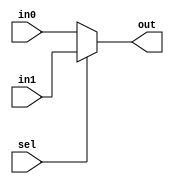
`timescale 1ns / 1ps
//////////////////////////////////////////////////////////////////////////////////
// Company: 
// Engineer: 
// 
// Design Name: 
// Module Name: mux1
// Project Name: 
// Target Devices: 
// Tool Versions: 
// Description: 
// 
// Dependencies: 
// 
// Revision:
// Revision 0.01 - File Created
// Additional Comments:
// 
//////////////////////////////////////////////////////////////////////////////////


module mux1(output [8:0] out, input sel, input [8:0] in0,in1);
assign out = sel ? in1 : in0;
endmodule